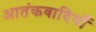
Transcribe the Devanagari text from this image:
आतंकवादियोँ